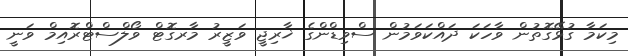
މިކަމާ ގުޅޭގޮތުން ވާހަކަ ދައްކަވަމުން ސްވިޑްންގެ ޚާރިޖީ ވަޒީރު މާރގޮޓް ވޯލްސްޓްރޮއިމް ވަނީ